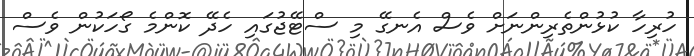
ހުރިހާ ކުޅުންތެރިންނަށް ވެސް އެނގޭ މި ސްޓޭޖުގައި ހެދޭ ކޮންމެ ގޯހަކުން ވެސް